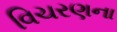
વિચરણના